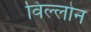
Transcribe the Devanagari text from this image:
विल्लोन